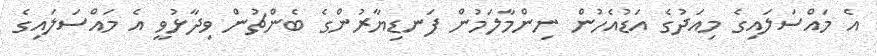
އެ މައްސަލައިގެ މިއަދުގެ އަޑުއެހުން ނިންމާލަމުން ފަނޑިޔާރުންގެ ބެންޗުން ވިދާޅުވީ އެ މައްސަލައިގެ